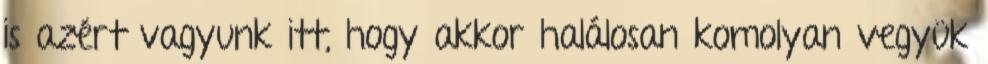
is azért vagyunk itt, hogy akkor halálosan komolyan vegyük